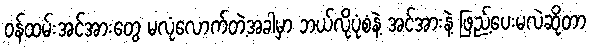
ဝန်ထမ်းအင်အားတွေ မလုံလောက်တဲ့အခါမှာ ဘယ်လိုပုံစံနဲ့ အင်အားနဲ့ ဖြည့်ပေးမလဲဆိုတာ